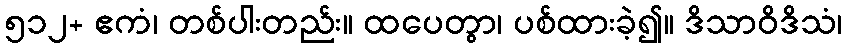
၅၁၂+ ဧကံ၊ တစ်ပါးတည်း။ ထပေတွာ၊ ပစ်ထားခဲ့၍။ ဒိသာဝိဒိသံ၊